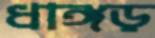
ধাঙ্গড়